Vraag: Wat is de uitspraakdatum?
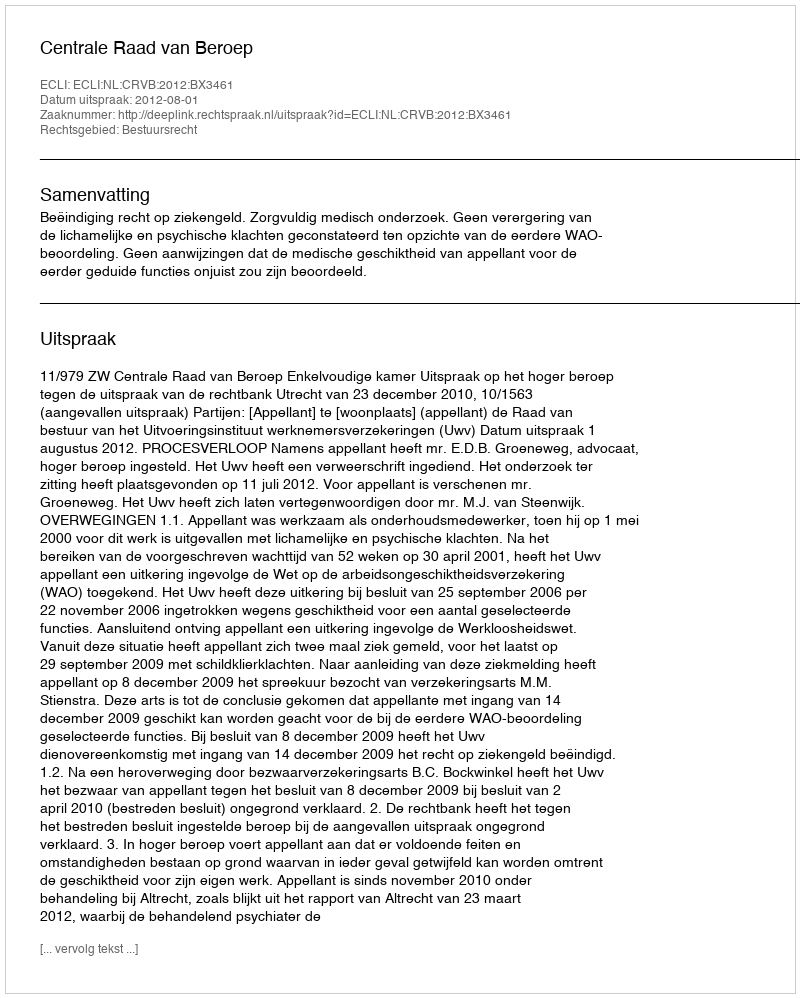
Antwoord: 2012-08-01